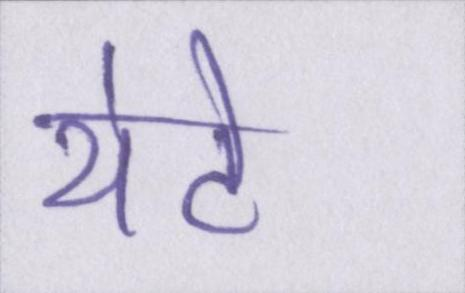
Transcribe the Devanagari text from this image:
थेटे